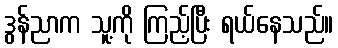
ဒွန်ညာက သူ့ကို ကြည့်ပြီး ရယ်နေသည်။